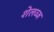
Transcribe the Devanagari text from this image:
शेलव्ज